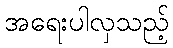
အရေးပါလှသည့်